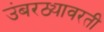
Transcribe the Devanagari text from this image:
उंबरठ्यावरती